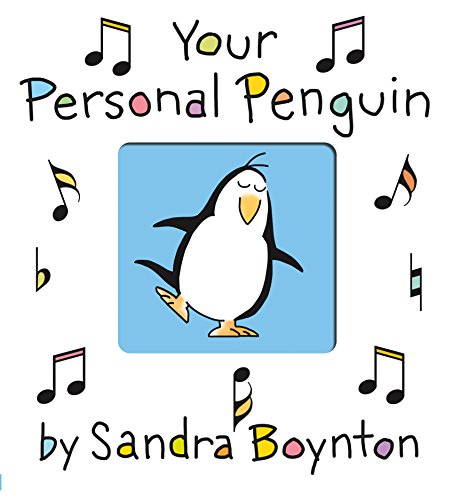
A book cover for Your Personal Penguin; Sandra Boynton; Children's Books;